Scottish Certificate of Education, 1962
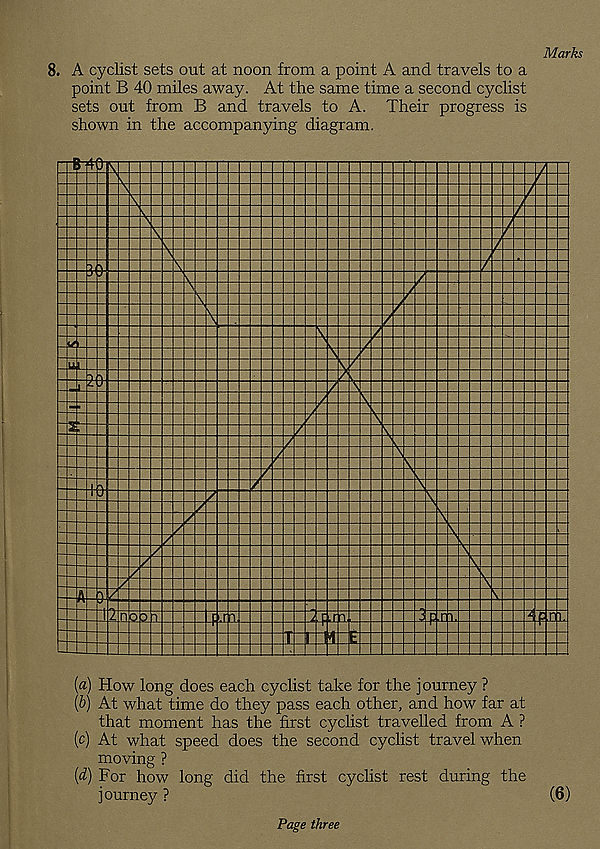
Marks
8. A cyclist sets out at noon from a point A and travels to a
point B 40 miles away. At the same time a second cyclist
sets out from B and travels to A. Their progress is
shown in the accompanying diagram.
(a) How long does each cyclist take for the journey ?
(b) At what time do they pass each other, and how far at
that moment has the first cyclist travelled from A ?
(c) At what speed does the second cyclist travel when
moving ?
(d) For how long did the first cyclist rest during the
journey ?
(6)
Page three